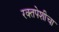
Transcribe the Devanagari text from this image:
रक्तपेशीचा